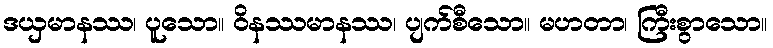
ဒယှမာနဿ၊ ပူသော။ ဝိနဿမာနဿ၊ ပျက်စီသော။ မဟတာ၊ ကြီးစွာသော။